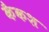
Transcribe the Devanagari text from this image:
कैकश